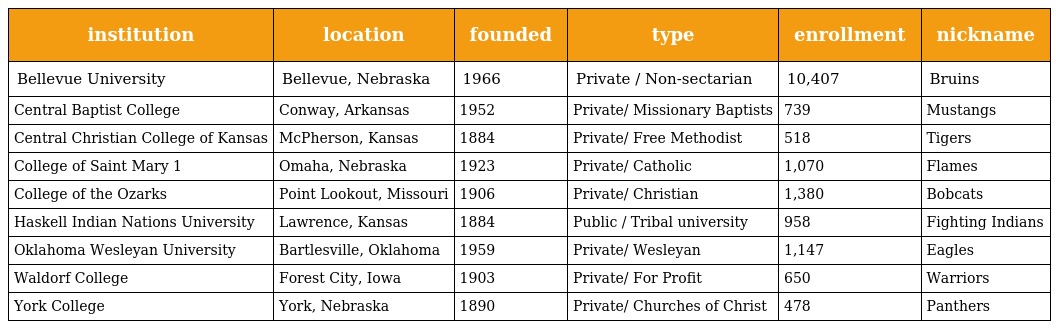
| institution | location | founded | type | enrollment | nickname |
 | --- | --- | --- | --- | --- | --- |
 | Bellevue University | Bellevue, Nebraska | 1966 | Private / Non-sectarian | 10,407 | Bruins |
 | Central Baptist College | Conway, Arkansas | 1952 | Private/ Missionary Baptists | 739 | Mustangs |
 | Central Christian College of Kansas | McPherson, Kansas | 1884 | Private/ Free Methodist | 518 | Tigers |
 | College of Saint Mary 1 | Omaha, Nebraska | 1923 | Private/ Catholic | 1,070 | Flames |
 | College of the Ozarks | Point Lookout, Missouri | 1906 | Private/ Christian | 1,380 | Bobcats |
 | Haskell Indian Nations University | Lawrence, Kansas | 1884 | Public / Tribal university | 958 | Fighting Indians |
 | Oklahoma Wesleyan University | Bartlesville, Oklahoma | 1959 | Private/ Wesleyan | 1,147 | Eagles |
 | Waldorf College | Forest City, Iowa | 1903 | Private/ For Profit | 650 | Warriors |
 | York College | York, Nebraska | 1890 | Private/ Churches of Christ | 478 | Panthers |